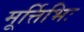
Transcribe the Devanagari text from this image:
मूर्त्तिभिः